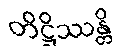
တိဋ္ဌိဿန္တိ